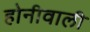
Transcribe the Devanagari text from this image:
होनीवाली